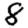
Digit: 8